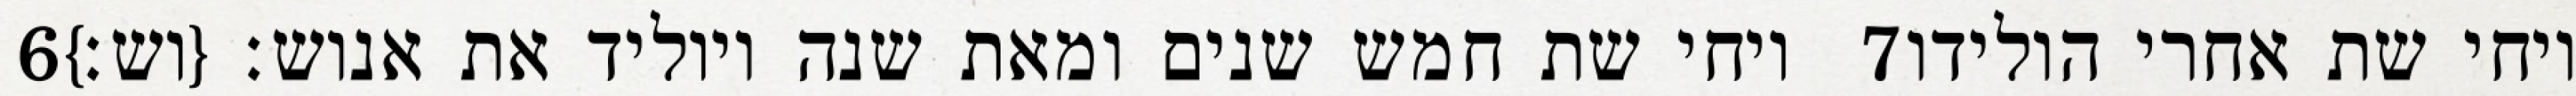
‎6‏ ויחי שת חמש שנים ומאת שנה ויוליד את אנוש׃ {וש׃} ‎7‏ ויחי שת אחרי הולידו